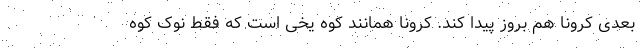
بعدی کرونا هم بروز پیدا کند. کرونا همانند کوه یخی است که فقط نوک کوه